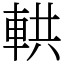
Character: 輁